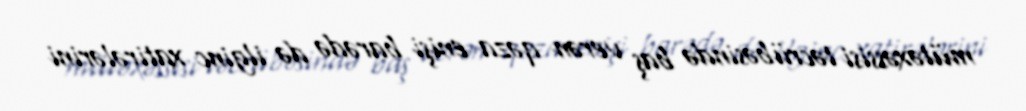
mütəxəssisi təcrübəsində baş verən qəza enişi barədə də ilginc xatirələrini